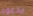
يدعوه